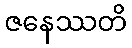
ဇနေဿတိ